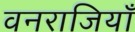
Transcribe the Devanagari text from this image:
वनराजियाँ